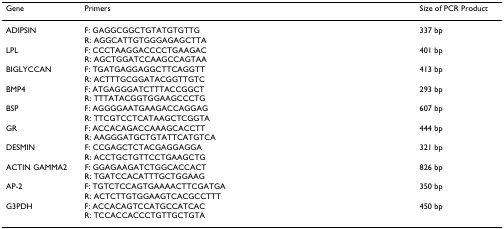
<table><thead><tr><td><b>Gene</b></td><td><b>Primers</b></td><td><b>Size of PCR Product</b></td></tr></thead><tbody><tr><td>ADIPSIN</td><td>F: GAGGCGGCTGTATGTGTTGR: AGGCATTGTGGGAGAGCTTA</td><td>337 bp</td></tr><tr><td>LPL</td><td>F: CCCTAAGGACCCCTGAAGACR: AGCTGGATCCAAGCCAGTAA</td><td>401 bp</td></tr><tr><td>BIGLYCCAN</td><td>F: TGATGAGGAGGCTTCAGGTTR: ACTTTGCGGATACGGTTGTC</td><td>413 bp</td></tr><tr><td>BMP4</td><td>F: ATGAGGGATCTTTACCGGCTR: TTTATACGGTGGAAGCCCTG</td><td>293 bp</td></tr><tr><td>BSP</td><td>F: AGGGGAATGAAGACCAGGAGR: TTCGTCCTCATAAGCTCGGTA</td><td>607 bp</td></tr><tr><td>GR</td><td>F: ACCACAGACCAAAGCACCTTR: AAGGGATGCTGTATTCATGTCA</td><td>444 bp</td></tr><tr><td>DESMIN</td><td>F: CCGAGCTCTACGAGGAGGAR: ACCTGCTGTTCCTGAAGCTG</td><td>321 bp</td></tr><tr><td>ACTIN GAMMA2</td><td>F: GGAGAAGATCTGGCACCACTR: TGATCCACATTTGCTGGAAG</td><td>826 bp</td></tr><tr><td>AP-2</td><td>F: TGTCTCCAGTGAAAACTTCGATGAR: ACTCTTGTGGAAGTCACGCCTTT</td><td>350 bp</td></tr><tr><td>G3PDH</td><td>F: ACCACAGTCCATGCCATCACR: TCCACCACCCTGTTGCTGTA</td><td>450 bp</td></tr></tbody></table>